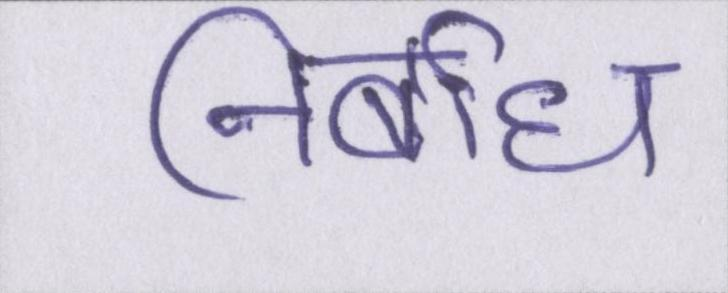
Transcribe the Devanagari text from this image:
निर्बाध